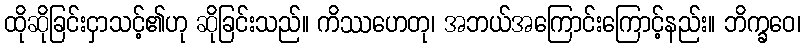
ထိုဆိုခြင်းငှာသင့်၏ဟု ဆိုခြင်းသည်။ ကိဿဟေတု၊ အဘယ်အကြောင်းကြောင့်နည်း။ ဘိက္ခဝေ၊